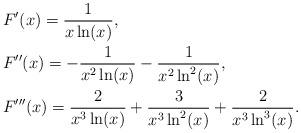
LaTeX: \begin{align*}& F'(x) = \frac{1}{x \ln(x)}, \\& F''(x) = - \frac{1}{x^2 \ln(x)} - \frac{1}{x^2 \ln^2(x)}, \\& F'''(x) = \frac{2}{x^3 \ln(x)} + \frac{3}{x^3 \ln^2(x)} + \frac{2}{x^3 \ln^3(x)}.\end{align*}